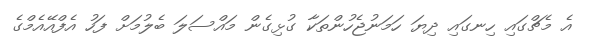
އެ މެޗްގައި ހިނގައި ދިޔަ ހަމަނުޖެހުންތަކާ ގުޅިގެން މައްސަލަ ބެލުމަށް ފަހު އެފްއޭއެމްގެ